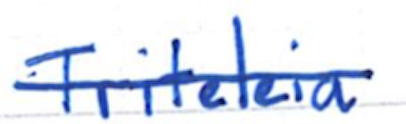
Text: Triteleia
Cross-out: single-line
Writing tool: ballpoint